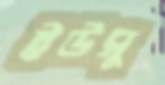
ইউসু